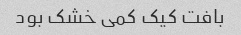
بافت کیک کمی خشک بود